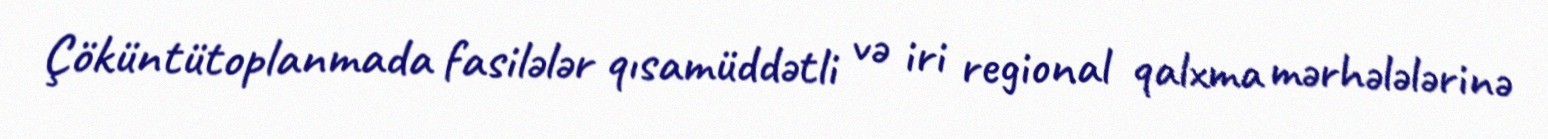
Çöküntütoplanmada fasilələr qısamüddətli və iri regional qalxma mərhələlərinə